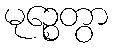
မုဉ္စေတွာ